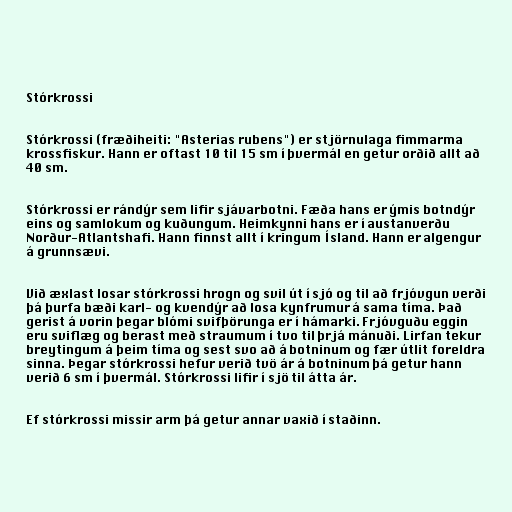
Stórkrossi

Stórkrossi (fræðiheiti: "Asterias rubens") er stjörnulaga fimmarma
krossfiskur. Hann er oftast 10 til 15 sm í þvermál en getur orðið allt að
40 sm.

Stórkrossi er rándýr sem lifir sjávarbotni. Fæða hans er ýmis botndýr
eins og samlokum og kuðungum. Heimkynni hans er í austanverðu
Norður-Atlantshafi. Hann finnst allt í kringum Ísland. Hann er algengur
á grunnsævi.

Við æxlast losar stórkrossi hrogn og svil út í sjó og til að frjóvgun verði
þá þurfa bæði karl- og kvendýr að losa kynfrumur á sama tíma. Það
gerist á vorin þegar blómi svifþörunga er í hámarki. Frjóvguðu eggin
eru sviflæg og berast með straumum í tvo til þrjá mánuði. Lirfan tekur
breytingum á þeim tíma og sest svo að á botninum og fær útlit foreldra
sinna. Þegar stórkrossi hefur verið tvö ár á botninum þá getur hann
verið 6 sm í þvermál. Stórkrossi lifir í sjö til átta ár.

Ef stórkrossi missir arm þá getur annar vaxið í staðinn.